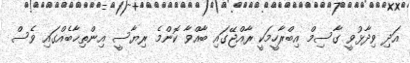
އަދި ވިދާޅުވީ ގާސިމް އިބްރާހީމަކީ ރާއްޖޭގައި ބާއްވާ ކޮންމެ ރިޔާސީ އިންތިޚާބެއްގައި ވެސް